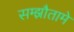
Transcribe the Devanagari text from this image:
सम्झौतामे